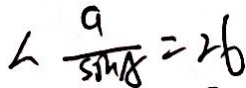
\angle \frac { a } { \sin A } = 2 6